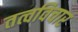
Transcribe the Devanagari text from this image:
तत्वविचार